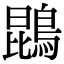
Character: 鵾